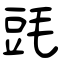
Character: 毭